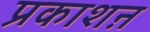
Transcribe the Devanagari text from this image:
प्रकाशऩ